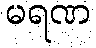
မရဏ